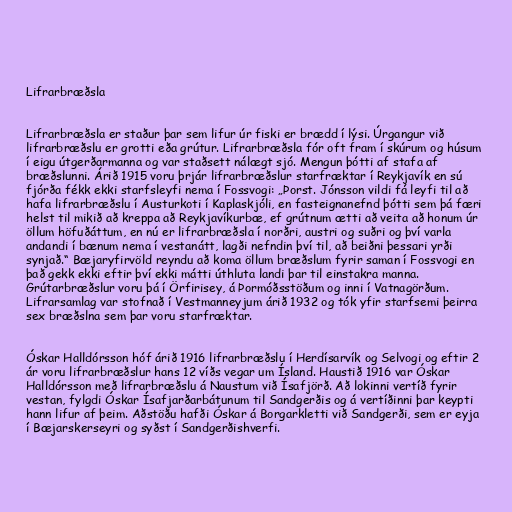
Lifrarbræðsla

Lifrarbræðsla er staður þar sem lifur úr fiski er brædd í lýsi. Úrgangur við
lifrarbræðslu er grotti eða grútur. Lifrarbræðsla fór oft fram í skúrum og húsum
í eigu útgerðarmanna og var staðsett nálægt sjó. Mengun þótti af stafa af
bræðslunni. Árið 1915 voru þrjár lifrarbræðslur starfræktar í Reykjavík en sú
fjórða fékk ekki starfsleyfi nema í Fossvogi: „Þorst. Jónsson vildi fá leyfi til að
hafa lifrarbræðslu í Austurkoti í Kaplaskjóli, en fasteignanefnd þótti sem þá færi
helst til mikið að kreppa að Reykjavíkurbæ, ef grútnum ætti að veita að honum úr
öllum höfuðáttum, en nú er lifrarbræðsla í norðri, austri og suðri og því varla
andandi í bænum nema í vestanátt, lagði nefndin því til, að beiðni þessari yrði
synjað.“ Bæjaryfirvöld reyndu að koma öllum bræðslum fyrir saman í Fossvogi en
það gekk ekki eftir því ekki mátti úthluta landi þar til einstakra manna.
Grútarbræðslur voru þá í Örfirisey, á Þormóðsstöðum og inni í Vatnagörðum.
Lifrarsamlag var stofnað í Vestmanneyjum árið 1932 og tók yfir starfsemi þeirra
sex bræðslna sem þar voru starfræktar.

Óskar Halldórsson hóf árið 1916 lifrarbræðslu í Herdísarvík og Selvogi og eftir 2
ár voru lifrarbræðslur hans 12 víðs vegar um Ísland. Haustið 1916 var Óskar
Halldórsson með lifrarbræðslu á Naustum við Ísafjörð. Að lokinni vertíð fyrir
vestan, fylgdi Óskar Ísafjarðarbátunum til Sandgerðis og á vertíðinni þar keypti
hann lifur af þeim. Aðstöðu hafði Óskar á Borgarkletti við Sandgerði, sem er eyja
í Bæjarskerseyri og syðst í Sandgerðishverfi.